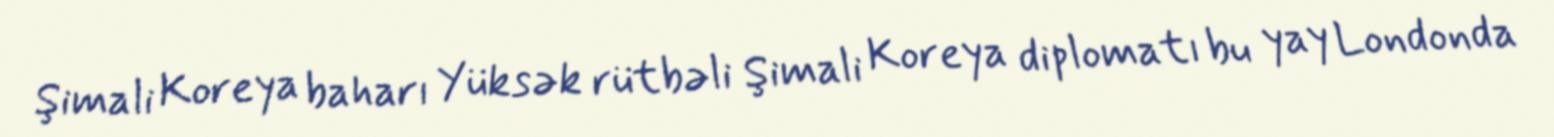
Şimali Koreya baharı Yüksək rütbəli Şimali Koreya diplomatı bu yay Londonda